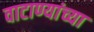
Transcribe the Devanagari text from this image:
वाटाण्यांच्या